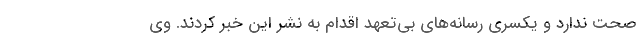
صحت ندارد و یکسری رسانه‌های بی‌تعهد اقدام به نشر این خبر کردند. وی